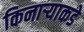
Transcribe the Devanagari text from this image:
किनार्‍याकडे